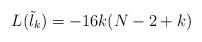
LaTeX: \begin{align*}L(\tilde\l_k)=-16k(N-2+k)\end{align*}